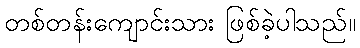
တစ်တန်းကျောင်းသား ဖြစ်ခဲ့ပါသည်။